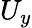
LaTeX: U_{y}